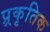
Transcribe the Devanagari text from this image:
प्र्रकृतिक